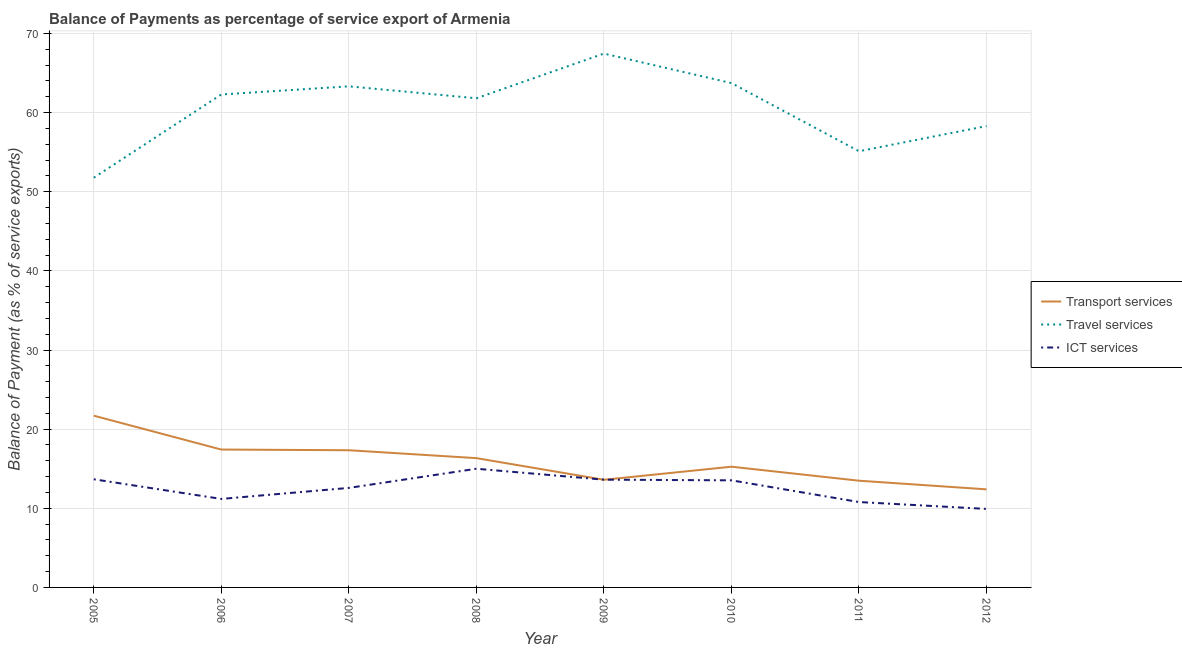
| Year | Transport services | Travel services | ICT services |
 | --- | --- | --- | --- |
 | 2005 | 21.7 | 51.8 | 13.7 |
 | 2006 | 17.4 | 62.3 | 11.2 |
 | 2007 | 17.3 | 63.3 | 12.6 |
 | 2008 | 16.3 | 61.8 | 15 |
 | 2009 | 13.6 | 67.5 | 13.6 |
 | 2010 | 15.3 | 63.7 | 13.5 |
 | 2011 | 13.5 | 55.1 | 10.8 |
 | 2012 | 12.4 | 58.3 | 9.92 |